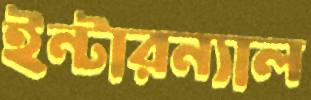
ইন্টারন্যাল